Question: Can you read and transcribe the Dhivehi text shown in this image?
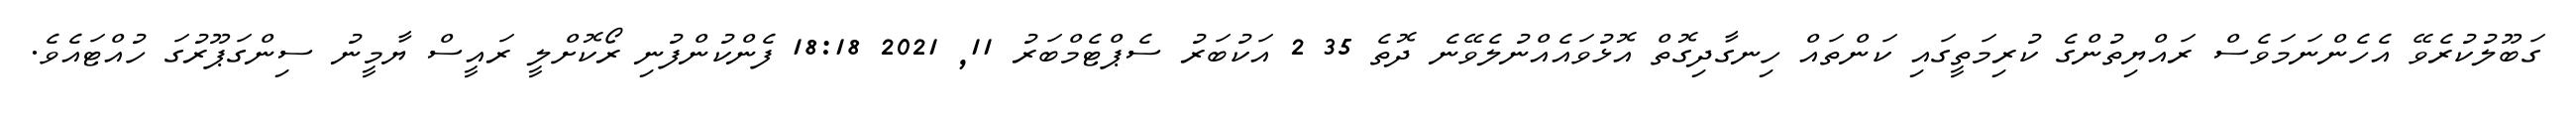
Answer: ގަބޫލުކުރެވޭ އެހެންނަމަވެސް ރައްޔިތުންގެ ކުރިމަތީގައި ކަންތައް ހިނގާދިގޮތް އޮޅުވައެއްނުލެވޭނެ ދޮތެ 35 2 އަކުބަރު ސެޕްޓެމްބަރު 11, 2021 18:18 ފެންކުންފުނި ރޯކޮށްލީ ރައީސް ޔާމީނު ސިންގަޕޫރުގަ ހުއްޓައެވެ.